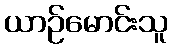
ယာဉ်မောင်းသူ